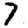
Digit: 7